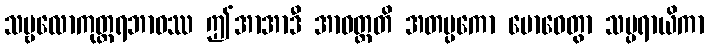
သဗ္ဗလောကုတ္တရဘာဝဿ ဤအာအာဒီ အာဝတ္တတိ အတပ္ပကော ဗောဓေတွာ သမ္ပရာယိကာ